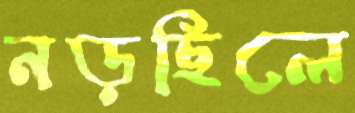
নড়ছিলে